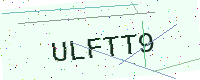
Text: ULFTT9